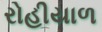
રોહીયાળ